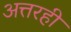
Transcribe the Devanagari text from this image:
अत्तरही